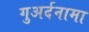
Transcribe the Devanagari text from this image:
गुअर्दनामा